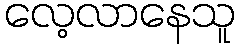
လေ့လာနေသူ